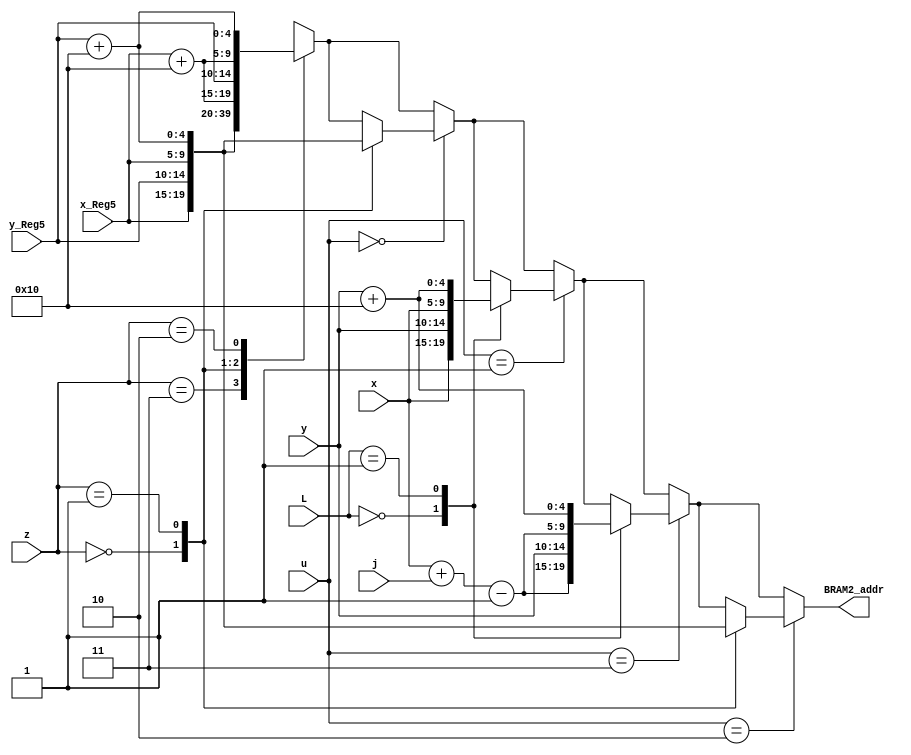
module BRAM2_address_L8(BRAM2_addr,x_Reg5,y_Reg5,x,y,z,u,L,j);
output reg [9:0] BRAM2_addr;
input [1:0] z;
input [2:0] u;
input [4:0] x_Reg5,y_Reg5,x,y;
input [1:0]L,j;

always @ (*)
begin
	case (z)
			2'b11: BRAM2_addr={x_Reg5,y_Reg5}; 
			2'b00: BRAM2_addr={x_Reg5,y_Reg5+5'b10000}; 
			2'b01: BRAM2_addr={x_Reg5+5'b10000,y_Reg5}; 
			2'b10: BRAM2_addr={x_Reg5+5'b10000,y_Reg5+5'b10000}; 
	endcase	
	case (u==0)
		1: case(z)
				2'b00: BRAM2_addr={x_Reg5,y_Reg5}; 
				2'b01: BRAM2_addr={x_Reg5,y_Reg5+5'b10000}; 
			endcase
	endcase	
	case (u==1)
		1: case(L)
				2'b00: BRAM2_addr={x,y}; 
				2'b01: BRAM2_addr={x,y+5'b10000}; 
			endcase
	endcase
    case (u==3)
		1: case(L)
				2'b00: BRAM2_addr={x+j-5'b00001,y}; 
				2'b01: BRAM2_addr={x+j-5'b00001,y+5'b10000}; 
			endcase
	endcase

	case (u==2)
		1: case(z)
				2'b00: BRAM2_addr={x_Reg5,y_Reg5}; 
				2'b01: BRAM2_addr={x_Reg5,y_Reg5+5'b10000}; 
			endcase
	endcase		
end
endmodule